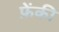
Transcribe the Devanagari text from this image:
फ़ेंकी